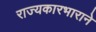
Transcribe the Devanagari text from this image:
राज्यकारभाराने